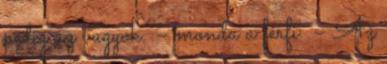
pedig az vagyok. – monda a férfi. – Az